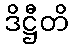
ဒိဋ္ဌီတိ